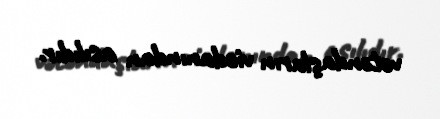
vətəndaşların vicdanından asılıdır.